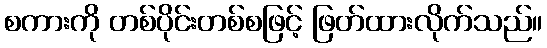
စကားကို တစ်ပိုင်းတစ်စဖြင့် ဖြတ်ထားလိုက်သည်။